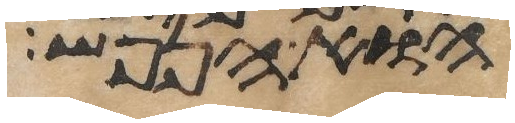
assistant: הוא הנפש